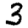
Digit: 3